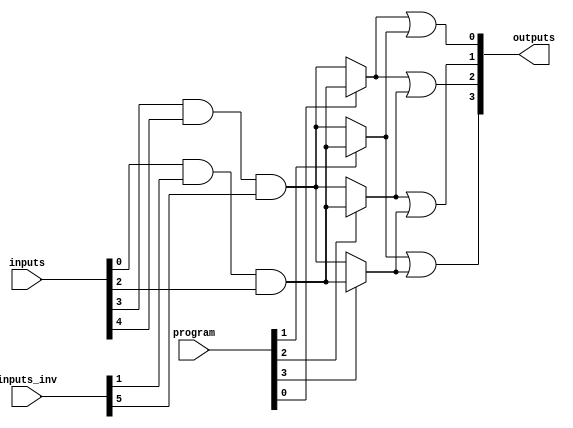
module HS_PAL #(
    parameter NUM_INPUTS = 8,        // Number of inputs
    parameter NUM_OUTPUTS = 4,       // Number of outputs
    parameter NUM_PRODUCT_TERMS = 4   // Number of product terms in AND array
)(
    input wire [NUM_INPUTS-1:0] inputs,          // Input signals
    input wire [NUM_INPUTS-1:0] inputs_inv,      // Inverted inputs for AND array
    input wire [NUM_PRODUCT_TERMS-1:0] program,   // Programming signals for AND array
    output wire [NUM_OUTPUTS-1:0] outputs         // Output signals
);

// Internal signals for AND array outputs
wire [NUM_PRODUCT_TERMS-1:0] and_outputs;

// AND array implementation
genvar i;
generate
    for (i = 0; i < NUM_PRODUCT_TERMS; i = i + 1) begin : and_array
        assign and_outputs[i] = (program[i]) ? 
            (inputs[0] & inputs_inv[1] & inputs[2]) : // Example logic for product term 0
            (inputs[3] & inputs[4] & inputs_inv[5]); // Example logic for product term 1
            // Add more logic for additional product terms as needed
    end
endgenerate

// OR array implementation
assign outputs[0] = and_outputs[0] | and_outputs[1]; // Example output logic
assign outputs[1] = and_outputs[2] | and_outputs[3]; // Example output logic
assign outputs[2] = and_outputs[0] | and_outputs[2]; // Example output logic
assign outputs[3] = and_outputs[1] | and_outputs[3]; // Example output logic

endmodule